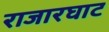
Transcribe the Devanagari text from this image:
राजारघाट